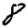
Digit: 8